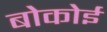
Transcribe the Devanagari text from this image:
बोकोई